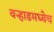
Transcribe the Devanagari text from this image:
वर्‍हाडमध्येच